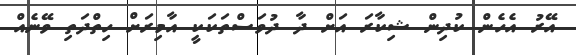
އޭރު އެހެން ކުދިން ޝިކާރަ އަށް ދާ ދުވަސްތަކަކީ އާމިރަށް ހިތްދަތި ވޭނެއް